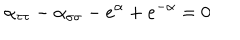
\alpha _ { \tau \tau } - \alpha _ { \sigma \sigma } - e ^ { \alpha } + e ^ { - \alpha } = 0